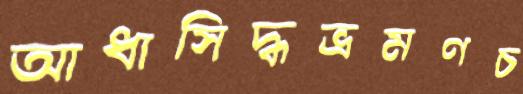
আধাসিদ্ধভ্রমণচ